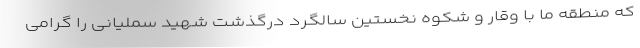
که منطقه ما با وقار و شکوه نخستین سالگرد درگذشت شهید سملیانی را گرامی